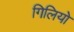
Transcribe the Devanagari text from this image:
गिलियो